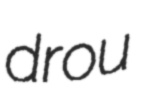
drou